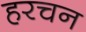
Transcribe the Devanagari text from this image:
हरचन